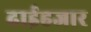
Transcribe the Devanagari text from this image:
ढाईहजार